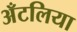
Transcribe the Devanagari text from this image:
अँटलिया